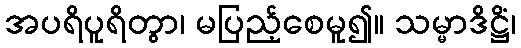
အပရိပူရိတွာ၊ မပြည့်စေမူ၍။ သမ္မာဒိဋ္ဌိံ၊